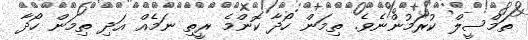
ތަމްސީލް ކުރަމުންނެވެ. ތިމަން ހޯދާ ކޮންމެ ރީތި ނަމެއް އަދި ތިމަން ހޯދާ